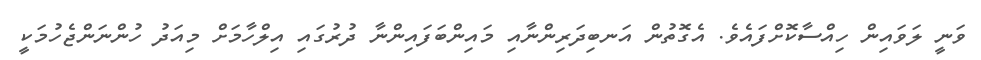
ވަނީ ލަވައިން ހިއްސާކޮށްފައެވެ. އެގޮތުން އަނބިދަރިންނާއި މައިންބަފައިންނާ ދުރުގައި އިލްހާމަށް މިއަދު ހުންނަންޖެހުމަކީ